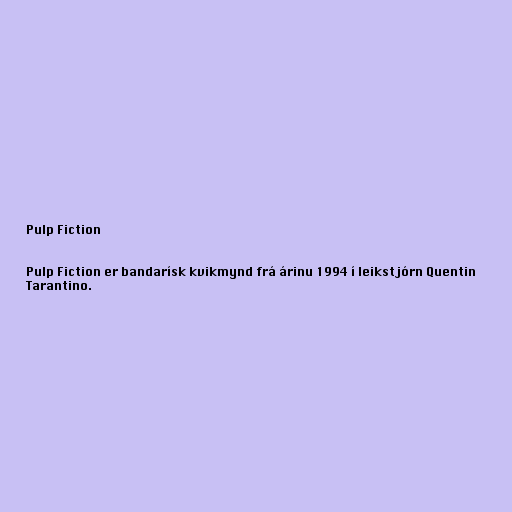
Pulp Fiction

Pulp Fiction er bandarísk kvikmynd frá árinu 1994 í leikstjórn Quentin
Tarantino.